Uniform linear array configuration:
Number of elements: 4
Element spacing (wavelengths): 1
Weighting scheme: kaiser
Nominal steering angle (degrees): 45
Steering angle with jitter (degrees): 45.586
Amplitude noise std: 0.05
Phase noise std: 0.05

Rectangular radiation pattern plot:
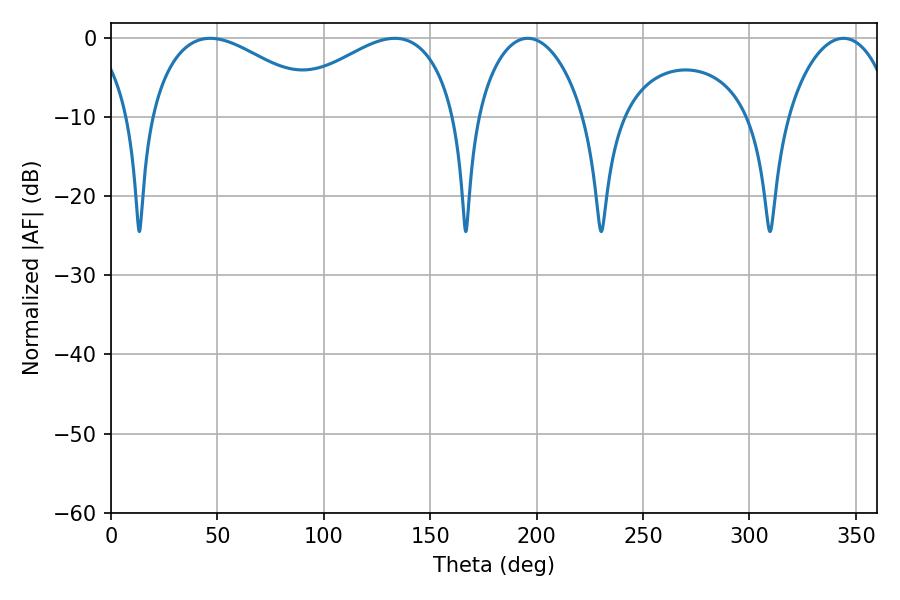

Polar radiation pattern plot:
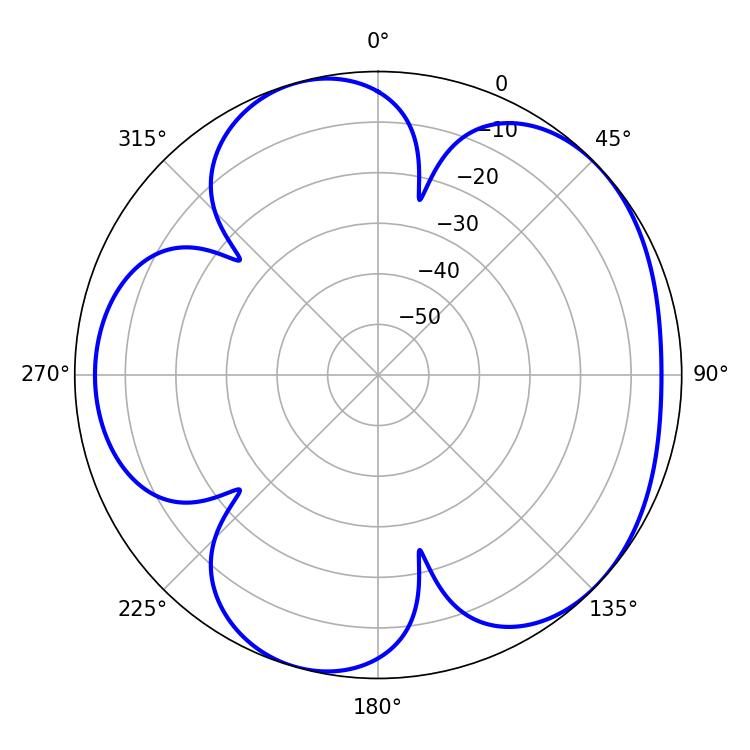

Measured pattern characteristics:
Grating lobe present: TRUE
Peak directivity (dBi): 4.872
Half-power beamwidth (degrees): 28.62
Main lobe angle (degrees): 195.84